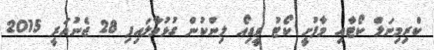
ކްރިމިނަލް ކޯޓާއި މާފުށީ ކޯޓު ވީޑިއޯ ލިންކުން ގުޅުވާލައިފި 28 ޖެނުއަރީ 2015